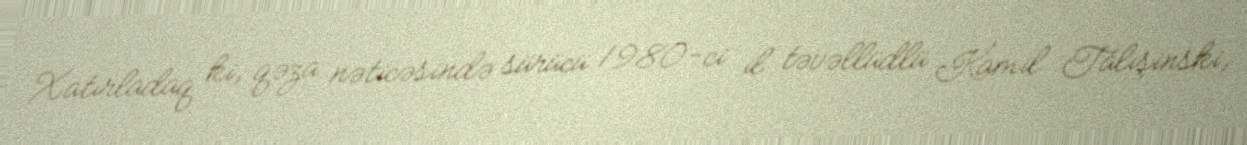
Xatırladaq ki, qəza nəticəsində sürücü 1980-ci il təvəllüdlü Kamil Talışinski,